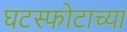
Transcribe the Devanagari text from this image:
घटस्फोटाच्या